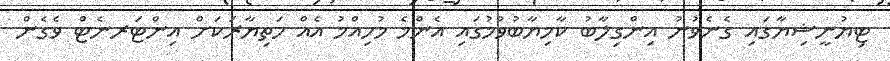
ޓިޔުނީޝިޔާގައި ގެނެވުނު އިންގިލާބު ކާމިޔާބުވުމުގައި އެންމެ މުހިއްމު އެއް ހަތިޔާރަކަށް އިންޓަރނެޓް ވެގެން